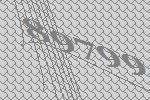
89799